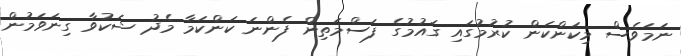
ނަމަވެސް މިކަންކަން ކުރުމުގައި ގައުމުގެ ފަސްމަތިން ފެންނަ ކަންކަމާ މެދު ޝަކުވާ ގިނަވަމުން